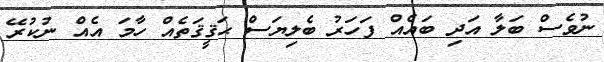
ނުވެސް ބަލާ އަދި ބައެއް ފަހަރު ބެލިޔަސް ޙަޤީޤަތެއް ހާމަ އެއް ނުކުރޭ